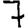
Digit: 7